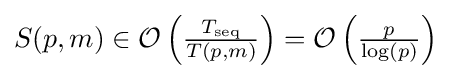
{\textstyle S(p,m)\in {\mathcal {O}}\left({\frac {T_{\text{seq}}}{T(p,m)}}\right)={\mathcal {O}}\left({\frac {p}{\log(p)}}\right)}